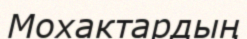
Мохактардың